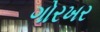
ગોરખર